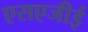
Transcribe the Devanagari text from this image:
एसएजीई